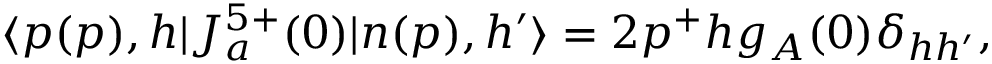
\langle p ( p ) , h | J _ { a } ^ { 5 + } ( 0 ) | n ( p ) , h ^ { \prime } \rangle = 2 p ^ { + } h g _ { A } ( 0 ) \delta _ { h h ^ { \prime } } ,